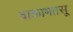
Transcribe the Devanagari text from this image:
वाकामतसू